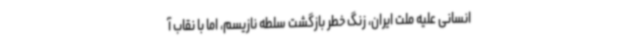
انسانی علیه ملت ایران، زنگ خطر بازگشت سلطه‌ نازیسم، اما با نقاب آ